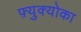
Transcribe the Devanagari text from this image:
फ़्युक्योका